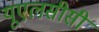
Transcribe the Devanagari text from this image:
यूएलसीसी